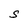
Character: S